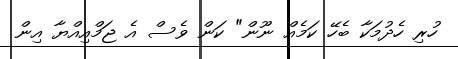
ހުރި ހެދުމަކާ ބެހޭ ކަމެއް ނޫން" ކަން ވެސް އެ ޖަމްއިއްޔާ އިން